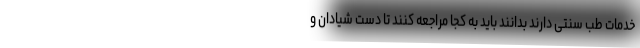
خدمات طب سنتی دارند بدانند باید به کجا مراجعه کنند تا دست شیادان و